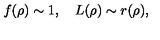
f ( \rho ) \sim 1 , \quad L ( \rho ) \sim r ( \rho ) ,